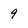
Character: 9